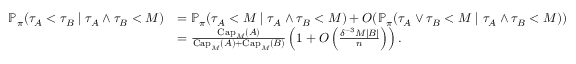
\begin{array} { r l } { \mathbb { P } _ { \pi } \! \left( \tau _ { A } < \tau _ { B } \; \middle \vert \; \tau _ { A } \wedge \tau _ { B } < M \right) } & { = \mathbb { P } _ { \pi } \! \left( \tau _ { A } < M \; \middle \vert \; \tau _ { A } \wedge \tau _ { B } < M \right) + O ( \mathbb { P } _ { \pi } \! \left( \tau _ { A } \vee \tau _ { B } < M \; \middle \vert \; \tau _ { A } \wedge \tau _ { B } < M \right) ) } \\ & { = \frac { \mathrm { C a p } _ { M } ( A ) } { \mathrm { C a p } _ { M } ( A ) + \mathrm { C a p } _ { M } ( B ) } \left( 1 + O \left( \frac { \delta ^ { - 3 } M | B | } { n } \right) \right) . } \end{array}